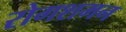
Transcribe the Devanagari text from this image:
रोगशमन